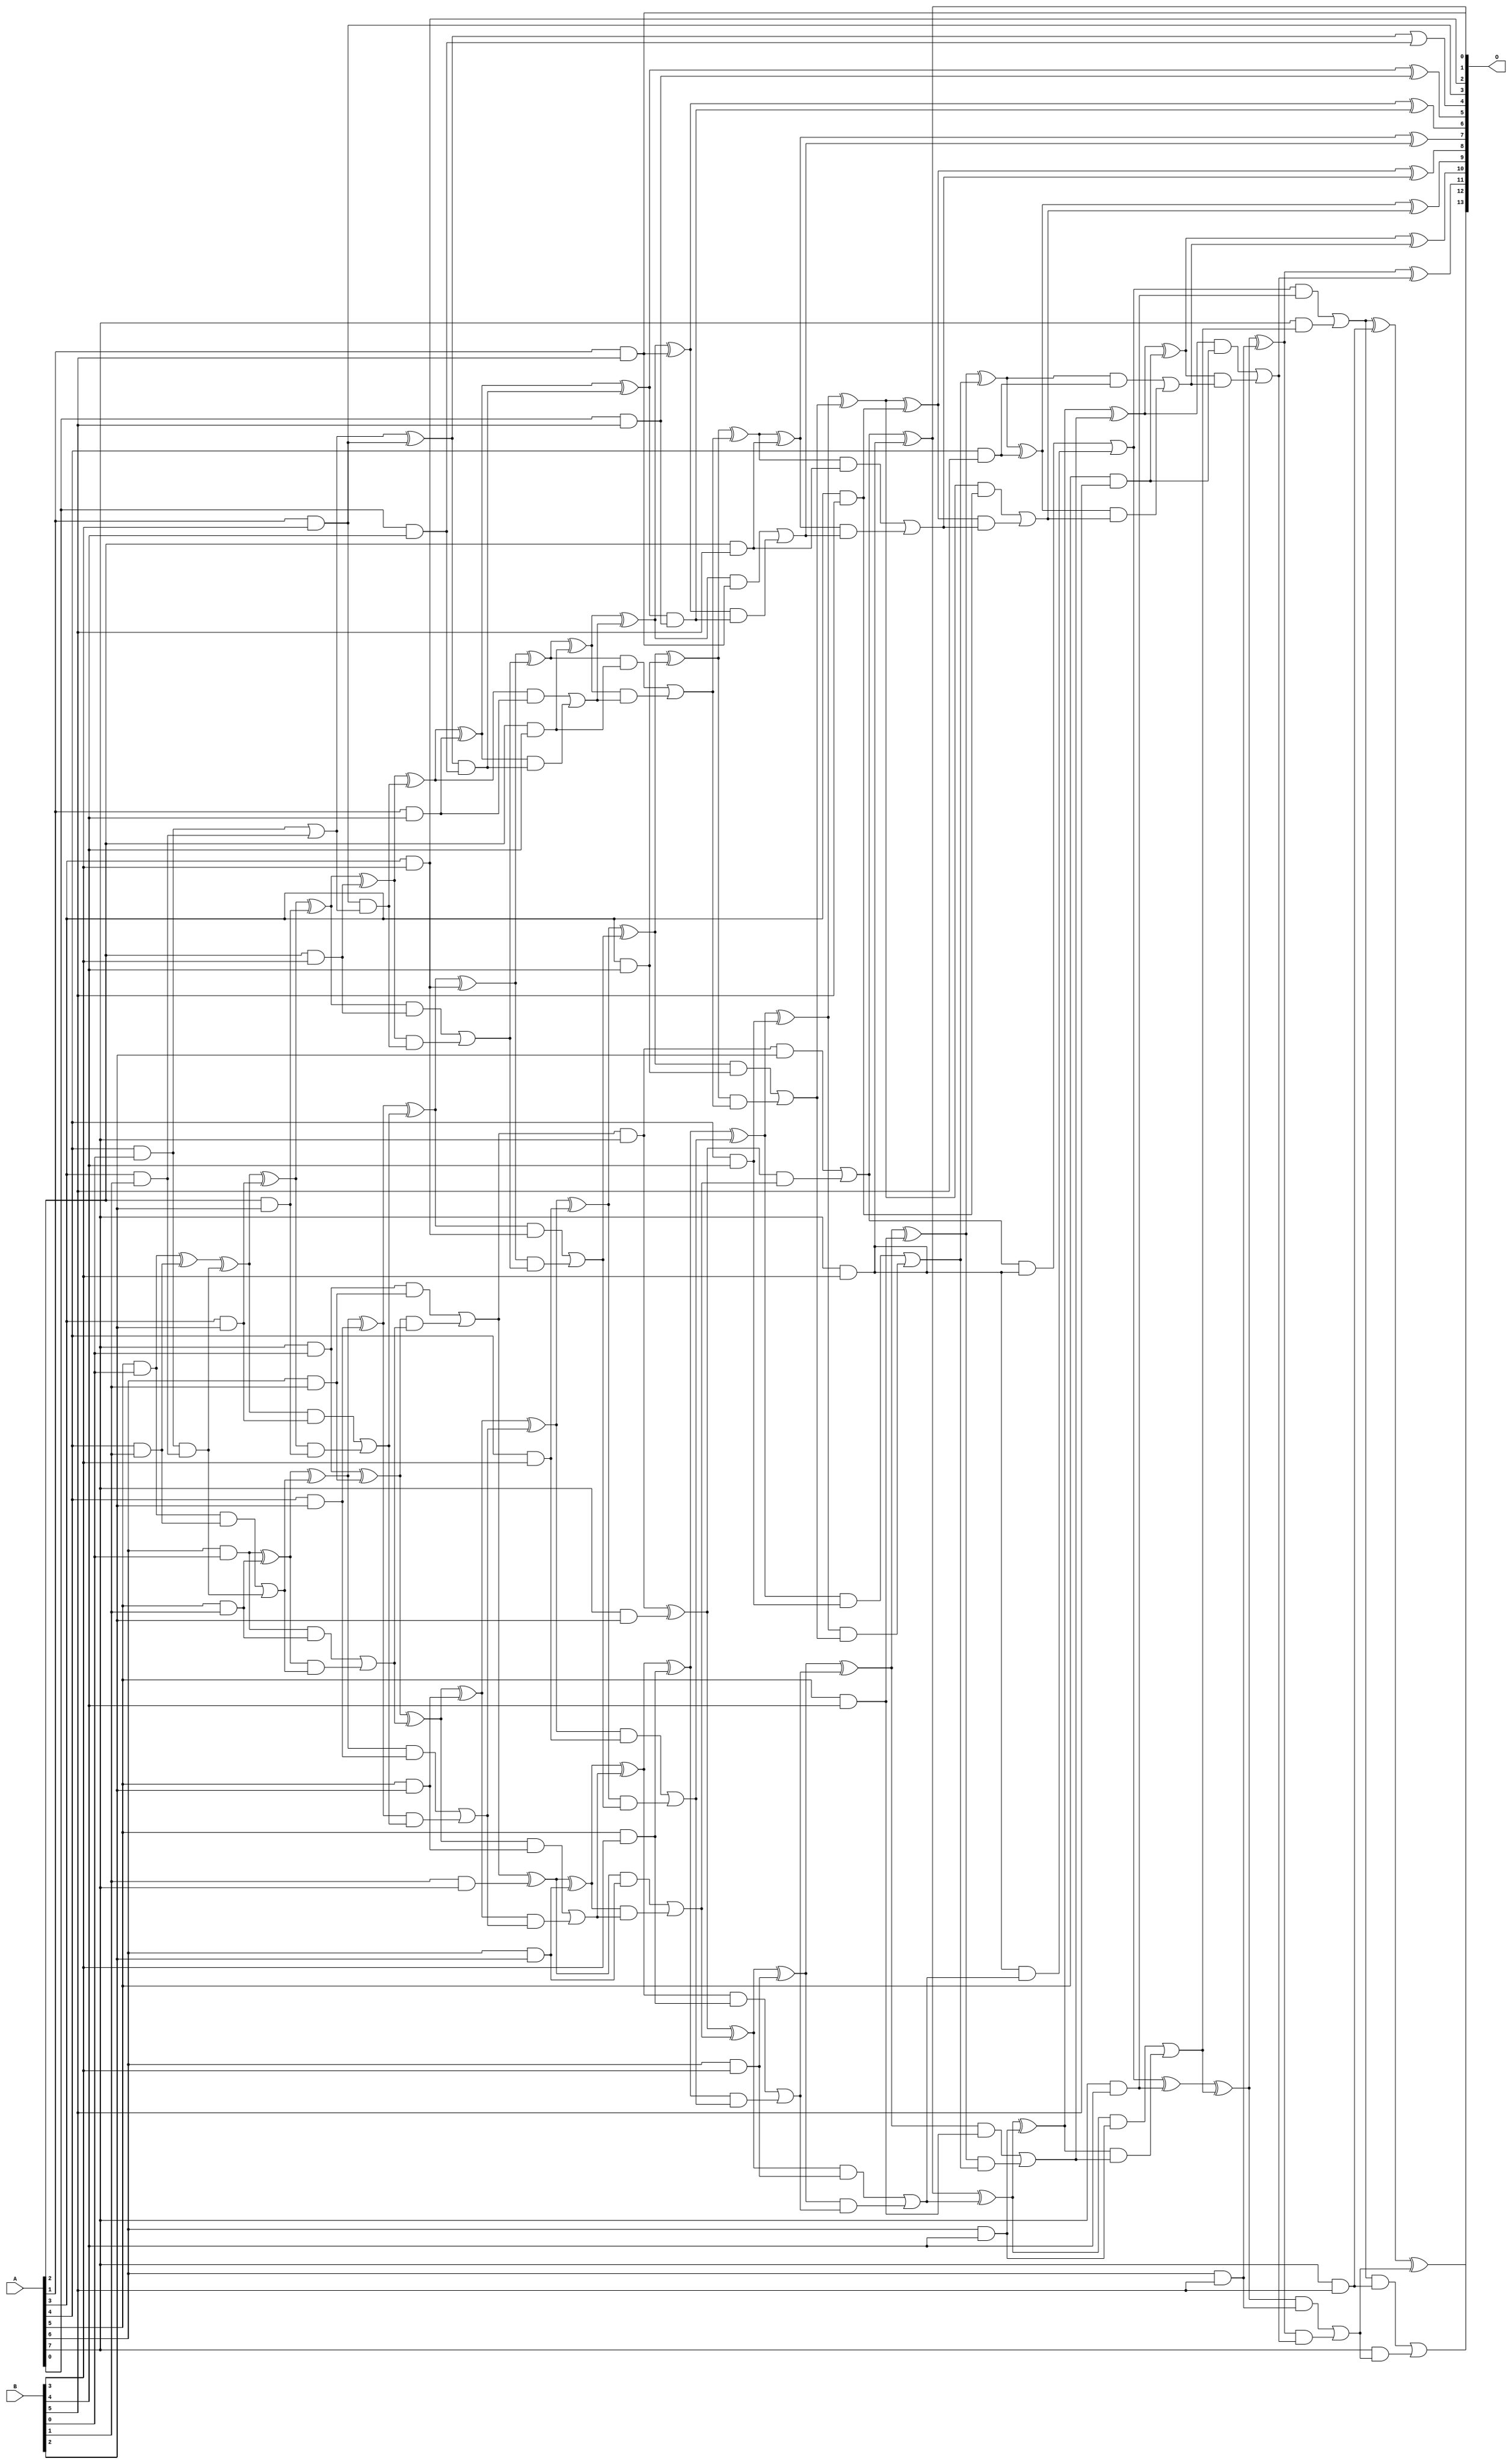
// This program was cloned from: https://github.com/ehw-fit/evoapproxlib
// License: MIT License

/***
* This code is a part of EvoApproxLib library (ehw.fit.vutbr.cz/approxlib) distributed under The MIT License.
* When used, please cite the following article(s): V. Mrazek, L. Sekanina, Z. Vasicek "Libraries of Approximate Circuits: Automated Design and Application in CNN Accelerators" IEEE Journal on Emerging and Selected Topics in Circuits and Systems, Vol 10, No 4, 2020 
* This file contains a circuit from a sub-set of pareto optimal circuits with respect to the pwr and mse parameters
***/
// MAE% = 0.046 %
// MAE = 7.6 
// WCE% = 0.18 %
// WCE = 29 
// WCRE% = 100.00 %
// EP% = 88.29 %
// MRE% = 1.33 %
// MSE = 94 
// PDK45_PWR = 0.222 mW
// PDK45_AREA = 456.6 um2
// PDK45_DELAY = 1.23 ns

module mul8x6u_3PV (
    A,
    B,
    O
);

input [7:0] A;
input [5:0] B;
output [13:0] O;

wire sig_18,sig_19,sig_20,sig_21,sig_24,sig_25,sig_26,sig_27,sig_28,sig_42,sig_43,sig_47,sig_48,sig_50,sig_51,sig_52,sig_53,sig_54,sig_55,sig_56;
wire sig_57,sig_58,sig_59,sig_60,sig_61,sig_62,sig_63,sig_66,sig_67,sig_68,sig_69,sig_70,sig_71,sig_84,sig_85,sig_86,sig_87,sig_88,sig_89,sig_90;
wire sig_91,sig_92,sig_93,sig_94,sig_95,sig_96,sig_97,sig_98,sig_99,sig_100,sig_101,sig_102,sig_103,sig_104,sig_105,sig_106,sig_107,sig_108,sig_109,sig_110;
wire sig_112,sig_113,sig_114,sig_115,sig_116,sig_119,sig_121,sig_124,sig_125,sig_126,sig_127,sig_128,sig_129,sig_130,sig_131,sig_132,sig_133,sig_134,sig_135,sig_136;
wire sig_137,sig_138,sig_139,sig_140,sig_141,sig_142,sig_143,sig_144,sig_145,sig_146,sig_147,sig_148,sig_149,sig_150,sig_151,sig_152,sig_153,sig_154,sig_155,sig_156;
wire sig_157,sig_158,sig_159,sig_160,sig_161,sig_162,sig_163,sig_164,sig_165,sig_166,sig_167,sig_168,sig_169,sig_170,sig_171,sig_172,sig_173,sig_174,sig_175,sig_176;
wire sig_177,sig_178,sig_179,sig_180,sig_181,sig_182,sig_183,sig_184,sig_185,sig_186,sig_187,sig_188,sig_189,sig_190,sig_191,sig_192,sig_193,sig_194,sig_195,sig_196;
wire sig_197,sig_198,sig_199,sig_200,sig_201,sig_202,sig_203,sig_204,sig_205,sig_206,sig_207,sig_208,sig_209,sig_210,sig_211,sig_212,sig_213,sig_214,sig_215,sig_216;
wire sig_217,sig_218,sig_219,sig_220,sig_221,sig_222,sig_223,sig_224,sig_225,sig_226,sig_227,sig_228,sig_229,sig_230,sig_231,sig_232,sig_233,sig_234,sig_235,sig_236;
wire sig_237,sig_238,sig_239,sig_240,sig_241,sig_242,sig_243;

assign sig_18 = A[4] & B[0];
assign sig_19 = A[5] & B[0];
assign sig_20 = A[6] & B[0];
assign sig_21 = A[7] & B[0];
assign sig_24 = B[1] & A[7];
assign sig_25 = A[3] & B[1];
assign sig_26 = A[4] & B[1];
assign sig_27 = A[5] & B[1];
assign sig_28 = A[6] & B[1];
assign sig_42 = sig_18 | sig_25;
assign sig_43 = sig_18 & sig_25;
assign sig_47 = sig_19 ^ sig_26;
assign sig_48 = sig_19 & sig_26;
assign sig_50 = sig_47 ^ sig_43;
assign sig_51 = sig_48 | sig_43;
assign sig_52 = sig_20 ^ sig_27;
assign sig_53 = sig_20 & sig_27;
assign sig_54 = sig_52 & sig_51;
assign sig_55 = sig_52 ^ sig_51;
assign sig_56 = sig_53 | sig_54;
assign sig_57 = sig_21 ^ sig_28;
assign sig_58 = sig_21 & sig_28;
assign sig_59 = sig_57 & sig_56;
assign sig_60 = sig_57 ^ sig_56;
assign sig_61 = sig_58 | sig_59;
assign sig_62 = sig_61 & A[7];
assign sig_63 = sig_61 ^ sig_24;
assign sig_66 = A[2] & B[2];
assign sig_67 = A[3] & B[2];
assign sig_68 = A[4] & B[2];
assign sig_69 = A[5] & B[2];
assign sig_70 = A[6] & B[2];
assign sig_71 = A[7] & B[2];
assign sig_84 = sig_50 ^ sig_67;
assign sig_85 = sig_50 & sig_67;
assign sig_86 = sig_84 & sig_66;
assign sig_87 = sig_84 ^ sig_66;
assign sig_88 = sig_85 | sig_86;
assign sig_89 = sig_55 ^ sig_68;
assign sig_90 = sig_55 & sig_68;
assign sig_91 = sig_89 & sig_88;
assign sig_92 = sig_89 ^ sig_88;
assign sig_93 = sig_90 | sig_91;
assign sig_94 = sig_60 ^ sig_69;
assign sig_95 = sig_60 & sig_69;
assign sig_96 = sig_94 & sig_93;
assign sig_97 = sig_94 ^ sig_93;
assign sig_98 = sig_95 | sig_96;
assign sig_99 = sig_63 ^ sig_70;
assign sig_100 = sig_63 & sig_70;
assign sig_101 = sig_99 & sig_98;
assign sig_102 = sig_99 ^ sig_98;
assign sig_103 = sig_100 | sig_101;
assign sig_104 = sig_62 ^ sig_71;
assign sig_105 = sig_62 & B[2];
assign sig_106 = sig_104 & sig_103;
assign sig_107 = sig_104 ^ sig_103;
assign sig_108 = sig_105 | sig_106;
assign sig_109 = A[2] & B[3];
assign sig_110 = A[1] & B[3];
assign sig_112 = A[3] & B[3];
assign sig_113 = A[4] & B[3];
assign sig_114 = A[5] & B[3];
assign sig_115 = A[6] & B[3];
assign sig_116 = A[7] & B[3];
assign sig_119 = sig_42 ^ sig_110;
assign sig_121 = sig_110 & sig_42;
assign sig_124 = sig_87 ^ sig_109;
assign sig_125 = sig_87 & sig_109;
assign sig_126 = sig_124 & sig_121;
assign sig_127 = sig_124 ^ sig_121;
assign sig_128 = sig_125 | sig_126;
assign sig_129 = sig_92 ^ sig_112;
assign sig_130 = sig_92 & sig_112;
assign sig_131 = sig_129 & sig_128;
assign sig_132 = sig_129 ^ sig_128;
assign sig_133 = sig_130 | sig_131;
assign sig_134 = sig_97 ^ sig_113;
assign sig_135 = sig_97 & sig_113;
assign sig_136 = sig_134 & sig_133;
assign sig_137 = sig_134 ^ sig_133;
assign sig_138 = sig_135 | sig_136;
assign sig_139 = sig_102 ^ sig_114;
assign sig_140 = sig_102 & sig_114;
assign sig_141 = sig_139 & sig_138;
assign sig_142 = sig_139 ^ sig_138;
assign sig_143 = sig_140 | sig_141;
assign sig_144 = sig_107 ^ sig_115;
assign sig_145 = sig_107 & sig_115;
assign sig_146 = sig_144 & sig_143;
assign sig_147 = sig_144 ^ sig_143;
assign sig_148 = sig_145 | sig_146;
assign sig_149 = sig_108 ^ sig_116;
assign sig_150 = sig_108 & sig_116;
assign sig_151 = sig_116 & sig_148;
assign sig_152 = sig_149 ^ sig_148;
assign sig_153 = sig_150 | sig_151;
assign sig_154 = A[0] & B[4];
assign sig_155 = A[1] & B[4];
assign sig_156 = A[2] & B[4];
assign sig_157 = A[3] & B[4];
assign sig_158 = A[4] & B[4];
assign sig_159 = A[5] & B[4];
assign sig_160 = A[6] & B[4];
assign sig_161 = A[7] & B[4];
assign sig_162 = sig_119 & sig_154;
assign sig_163 = sig_119 | sig_154;
assign sig_164 = sig_127 ^ sig_155;
assign sig_165 = sig_127 & sig_155;
assign sig_166 = sig_164 & sig_162;
assign sig_167 = sig_164 ^ sig_162;
assign sig_168 = sig_165 | sig_166;
assign sig_169 = sig_132 ^ sig_156;
assign sig_170 = sig_132 & sig_156;
assign sig_171 = sig_169 & sig_168;
assign sig_172 = sig_169 ^ sig_168;
assign sig_173 = sig_170 | sig_171;
assign sig_174 = sig_137 ^ sig_157;
assign sig_175 = sig_137 & sig_157;
assign sig_176 = sig_174 & sig_173;
assign sig_177 = sig_174 ^ sig_173;
assign sig_178 = sig_175 | sig_176;
assign sig_179 = sig_142 ^ sig_158;
assign sig_180 = sig_142 & sig_158;
assign sig_181 = sig_179 & sig_178;
assign sig_182 = sig_179 ^ sig_178;
assign sig_183 = sig_180 | sig_181;
assign sig_184 = sig_147 ^ sig_159;
assign sig_185 = sig_147 & sig_159;
assign sig_186 = sig_184 & sig_183;
assign sig_187 = sig_184 ^ sig_183;
assign sig_188 = sig_185 | sig_186;
assign sig_189 = sig_152 ^ sig_160;
assign sig_190 = sig_152 & sig_160;
assign sig_191 = sig_189 & sig_188;
assign sig_192 = sig_189 ^ sig_188;
assign sig_193 = sig_190 | sig_191;
assign sig_194 = sig_153 ^ sig_161;
assign sig_195 = sig_153 & sig_161;
assign sig_196 = A[7] & sig_193;
assign sig_197 = sig_194 ^ sig_193;
assign sig_198 = sig_195 | sig_196;
assign sig_199 = A[0] & B[5];
assign sig_200 = A[1] & B[5];
assign sig_201 = A[2] & B[5];
assign sig_202 = A[3] & B[5];
assign sig_203 = A[4] & B[5];
assign sig_204 = A[5] & B[5];
assign sig_205 = A[6] & B[5];
assign sig_206 = A[7] & B[5];
assign sig_207 = sig_167 & sig_199;
assign sig_208 = sig_167 ^ sig_199;
assign sig_209 = sig_172 ^ sig_200;
assign sig_210 = sig_172 & sig_200;
assign sig_211 = sig_209 & sig_207;
assign sig_212 = sig_209 ^ sig_207;
assign sig_213 = sig_210 | sig_211;
assign sig_214 = sig_177 ^ sig_201;
assign sig_215 = sig_177 & sig_201;
assign sig_216 = sig_214 & sig_213;
assign sig_217 = sig_214 ^ sig_213;
assign sig_218 = sig_215 | sig_216;
assign sig_219 = sig_182 ^ sig_202;
assign sig_220 = sig_182 & sig_202;
assign sig_221 = sig_219 & sig_218;
assign sig_222 = sig_219 ^ sig_218;
assign sig_223 = sig_220 | sig_221;
assign sig_224 = sig_187 ^ sig_203;
assign sig_225 = sig_187 & sig_203;
assign sig_226 = sig_224 & sig_223;
assign sig_227 = sig_224 ^ sig_223;
assign sig_228 = sig_225 | sig_226;
assign sig_229 = sig_192 ^ sig_204;
assign sig_230 = sig_192 & sig_204;
assign sig_231 = sig_229 & sig_228;
assign sig_232 = sig_229 ^ sig_228;
assign sig_233 = sig_230 | sig_231;
assign sig_234 = sig_197 ^ sig_205;
assign sig_235 = sig_197 & sig_205;
assign sig_236 = sig_234 & sig_233;
assign sig_237 = sig_234 ^ sig_233;
assign sig_238 = sig_235 | sig_236;
assign sig_239 = sig_198 ^ sig_206;
assign sig_240 = sig_198 & sig_206;
assign sig_241 = A[7] & sig_238;
assign sig_242 = sig_239 ^ sig_238;
assign sig_243 = sig_240 | sig_241;

assign O[13] = sig_243;
assign O[12] = sig_242;
assign O[11] = sig_237;
assign O[10] = sig_232;
assign O[9] = sig_227;
assign O[8] = sig_222;
assign O[7] = sig_217;
assign O[6] = sig_212;
assign O[5] = sig_208;
assign O[4] = sig_163;
assign O[3] = sig_110;
assign O[2] = sig_112;
assign O[1] = sig_149;
assign O[0] = sig_200;

endmodule